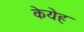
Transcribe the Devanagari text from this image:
केयेह